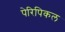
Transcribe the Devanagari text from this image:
पेरिपिकल